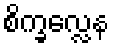
စိက္ခလ္လေန